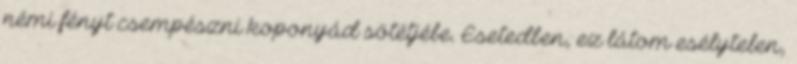
némi fényt csempészni koponyád sötétjébe. Esetedben, ez látom esélytelen,